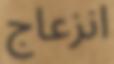
انزعاج